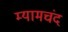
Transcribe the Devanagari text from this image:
म्यामचंद